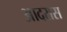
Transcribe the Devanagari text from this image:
आदरास